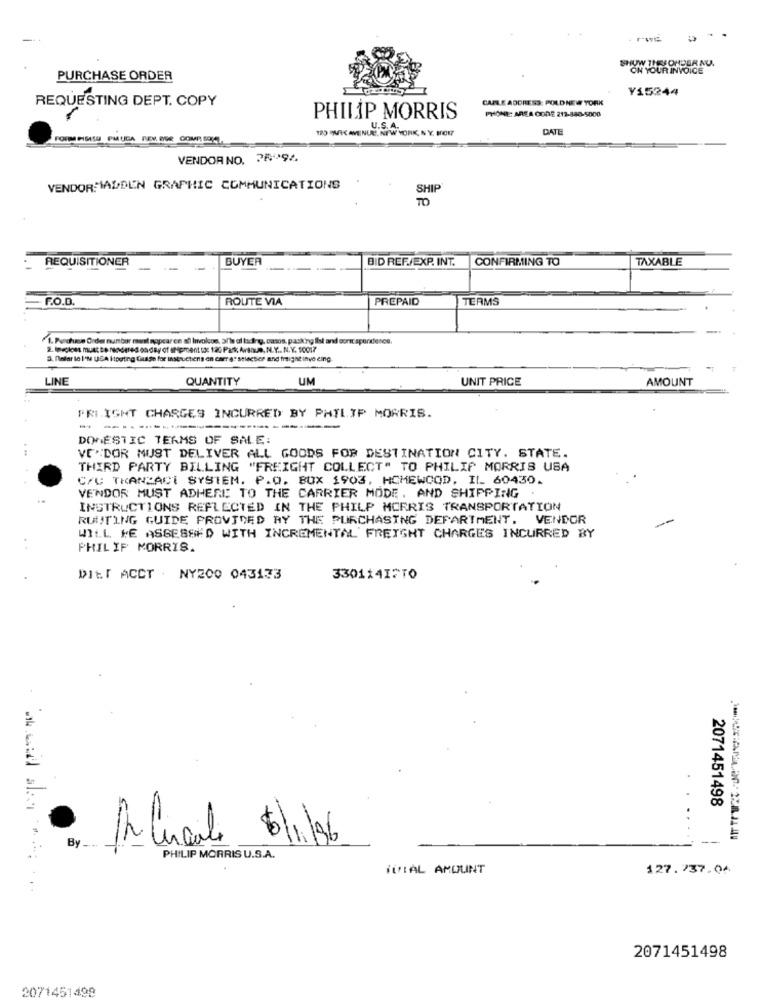
SHOW THEJOHDER NU.
ON YOUR INVOICE
PURCHASE ORDER
Y15244
CARTE ADDRESS: POLD NEW YORK
REQUESTING DEPT. COPY
PHONE: AREA CODE 212-880-5000
PHILIP MORRIS
120 OVIC AVENUE. NEW YORK, NY. HOW?
U.S. A.
DATE
FORM CISISU PMUGA DEV OGE COMP SOY).
VENDOR NO, PR994
VENDORMADDEN GRAPHIC COMMUNICATIONS
SHIP
TO
REQUISITIONER
BUYER
BID REF./EXP. INT.
CONFIRMING TO
TAXABLE
----
F.O.D.
ROUTE VIA
PREPAID
TERMS
. Purchase Order number mant nopcaren al Involcon, al's of lading, casos, pasking iist and sonic spenderee.
terciless must Be rendered on day of aNiprosent to: 120 PAK Arsnus, N.Y .. N.Y. 10017
3. flefar lo I'M USA Itputing Guise for instructions on carr a" selectier and freight invo cing.
LINE
QUANTITY
UM
UNIT PRICE
AMOUNT
PRI.IGHT CHARGES INCURRED BY PHILIP MORRIS.
- ----------
DOMESTIC TERMS OF SALE:
VENDOR MUST DELIVER ALL GOODS FOR DESTINATION CITY. STATE.
THIRD PARTY BILLING "FREIGHT COLLECT" TO PHILIP MORRIS USA
C/C THANZACI SYSTEM. P.O. BOX 1903, HOMEWOOD, IL 60430.
VENDOR MUST ADHERE TO THE CARRIER MODE, AND SHIPPING .
INSTRUCTIONS REFLECTED IN THE PHILP MORRIS TRANSPORTATION
ROUTING GUIDE PROVIDED BY THE PURCHASING DEPARTMENT. VENDOR
WILL BE ASSESSED WITH INCREMENTAL FREIGHT CHARGES INCURRED BY
PHILIP MORRIS.
DIET ACCT . NY200 043133
33011417TO
2071451498
-
to
By _...
PHILIP MORRIS U.S.A.
iVIAL AMOUNT
127.737.04
2071451498
2071451498